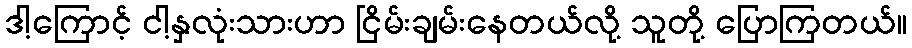
ဒါ့ကြောင့် ငါ့နှလုံးသားဟာ ငြိမ်းချမ်းနေတယ်လို့ သူတို့ ပြောကြတယ်။